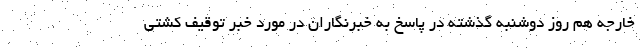
خارجه هم روز دوشنبه گذشته در پاسخ به خبرنگاران در مورد خبر توقیف کشتی